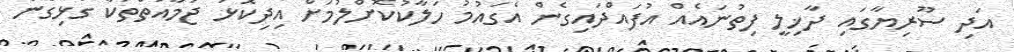
އަދި ސޫރިޔާގައި ދާޚިލީ ފިތުނައެއް އުފައްދައިގެން އެގައުމު ހަލާކުކޮށްލުމަށް އިދިކޮޅު ޖަމާއަތްތަކާ ގުޅިގެން